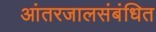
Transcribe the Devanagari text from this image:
आंतरजालसंबंधित